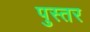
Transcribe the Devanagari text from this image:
पुस्तर